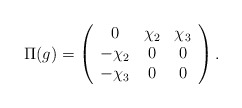
\begin{align*}\Pi(g) = \left( \begin{array}{ccc} 0 & \chi_2 & \chi_3 \\ -\chi_2 & 0 & 0 \\ -\chi_3 & 0 & 0 \end{array} \right).\end{align*}